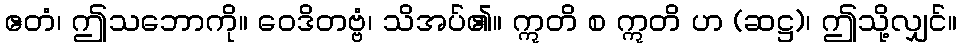
ဧတံ၊ ဤသဘောကို။ ဝေဒိတဗ္ဗံ၊ သိအပ်၏။ ဣတိ စ ဣတိ ဟ (ဆဋ္ဌ)၊ ဤသို့လျှင်။